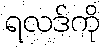
ရလဒ်ကို